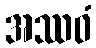
အဿဝံ